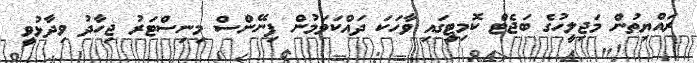
ރައްޔިތުން މަޖިލީހުގެ ބަޖެޓް ކޮމިޓީގައި ވާހަކަ ދައްކަވަމުން ފިނޭންސް މިނިސްޓަރު ޖިހާދު ވިދާޅުވީ